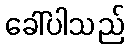
ခေါ်ပါသည်